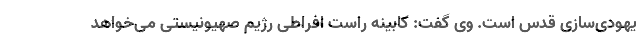
یهودی‌سازی قدس است. وی گفت: کابینه راست افراطی رژیم صهیونیستی می‌خواهد